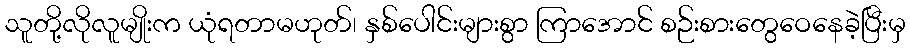
သူတို့လိုလူမျိုးက ယုံရတာမဟုတ်၊ နှစ်ပေါင်းများစွာ ကြာအောင် စဉ်းစားတွေဝေနေခဲ့ပြီးမှ